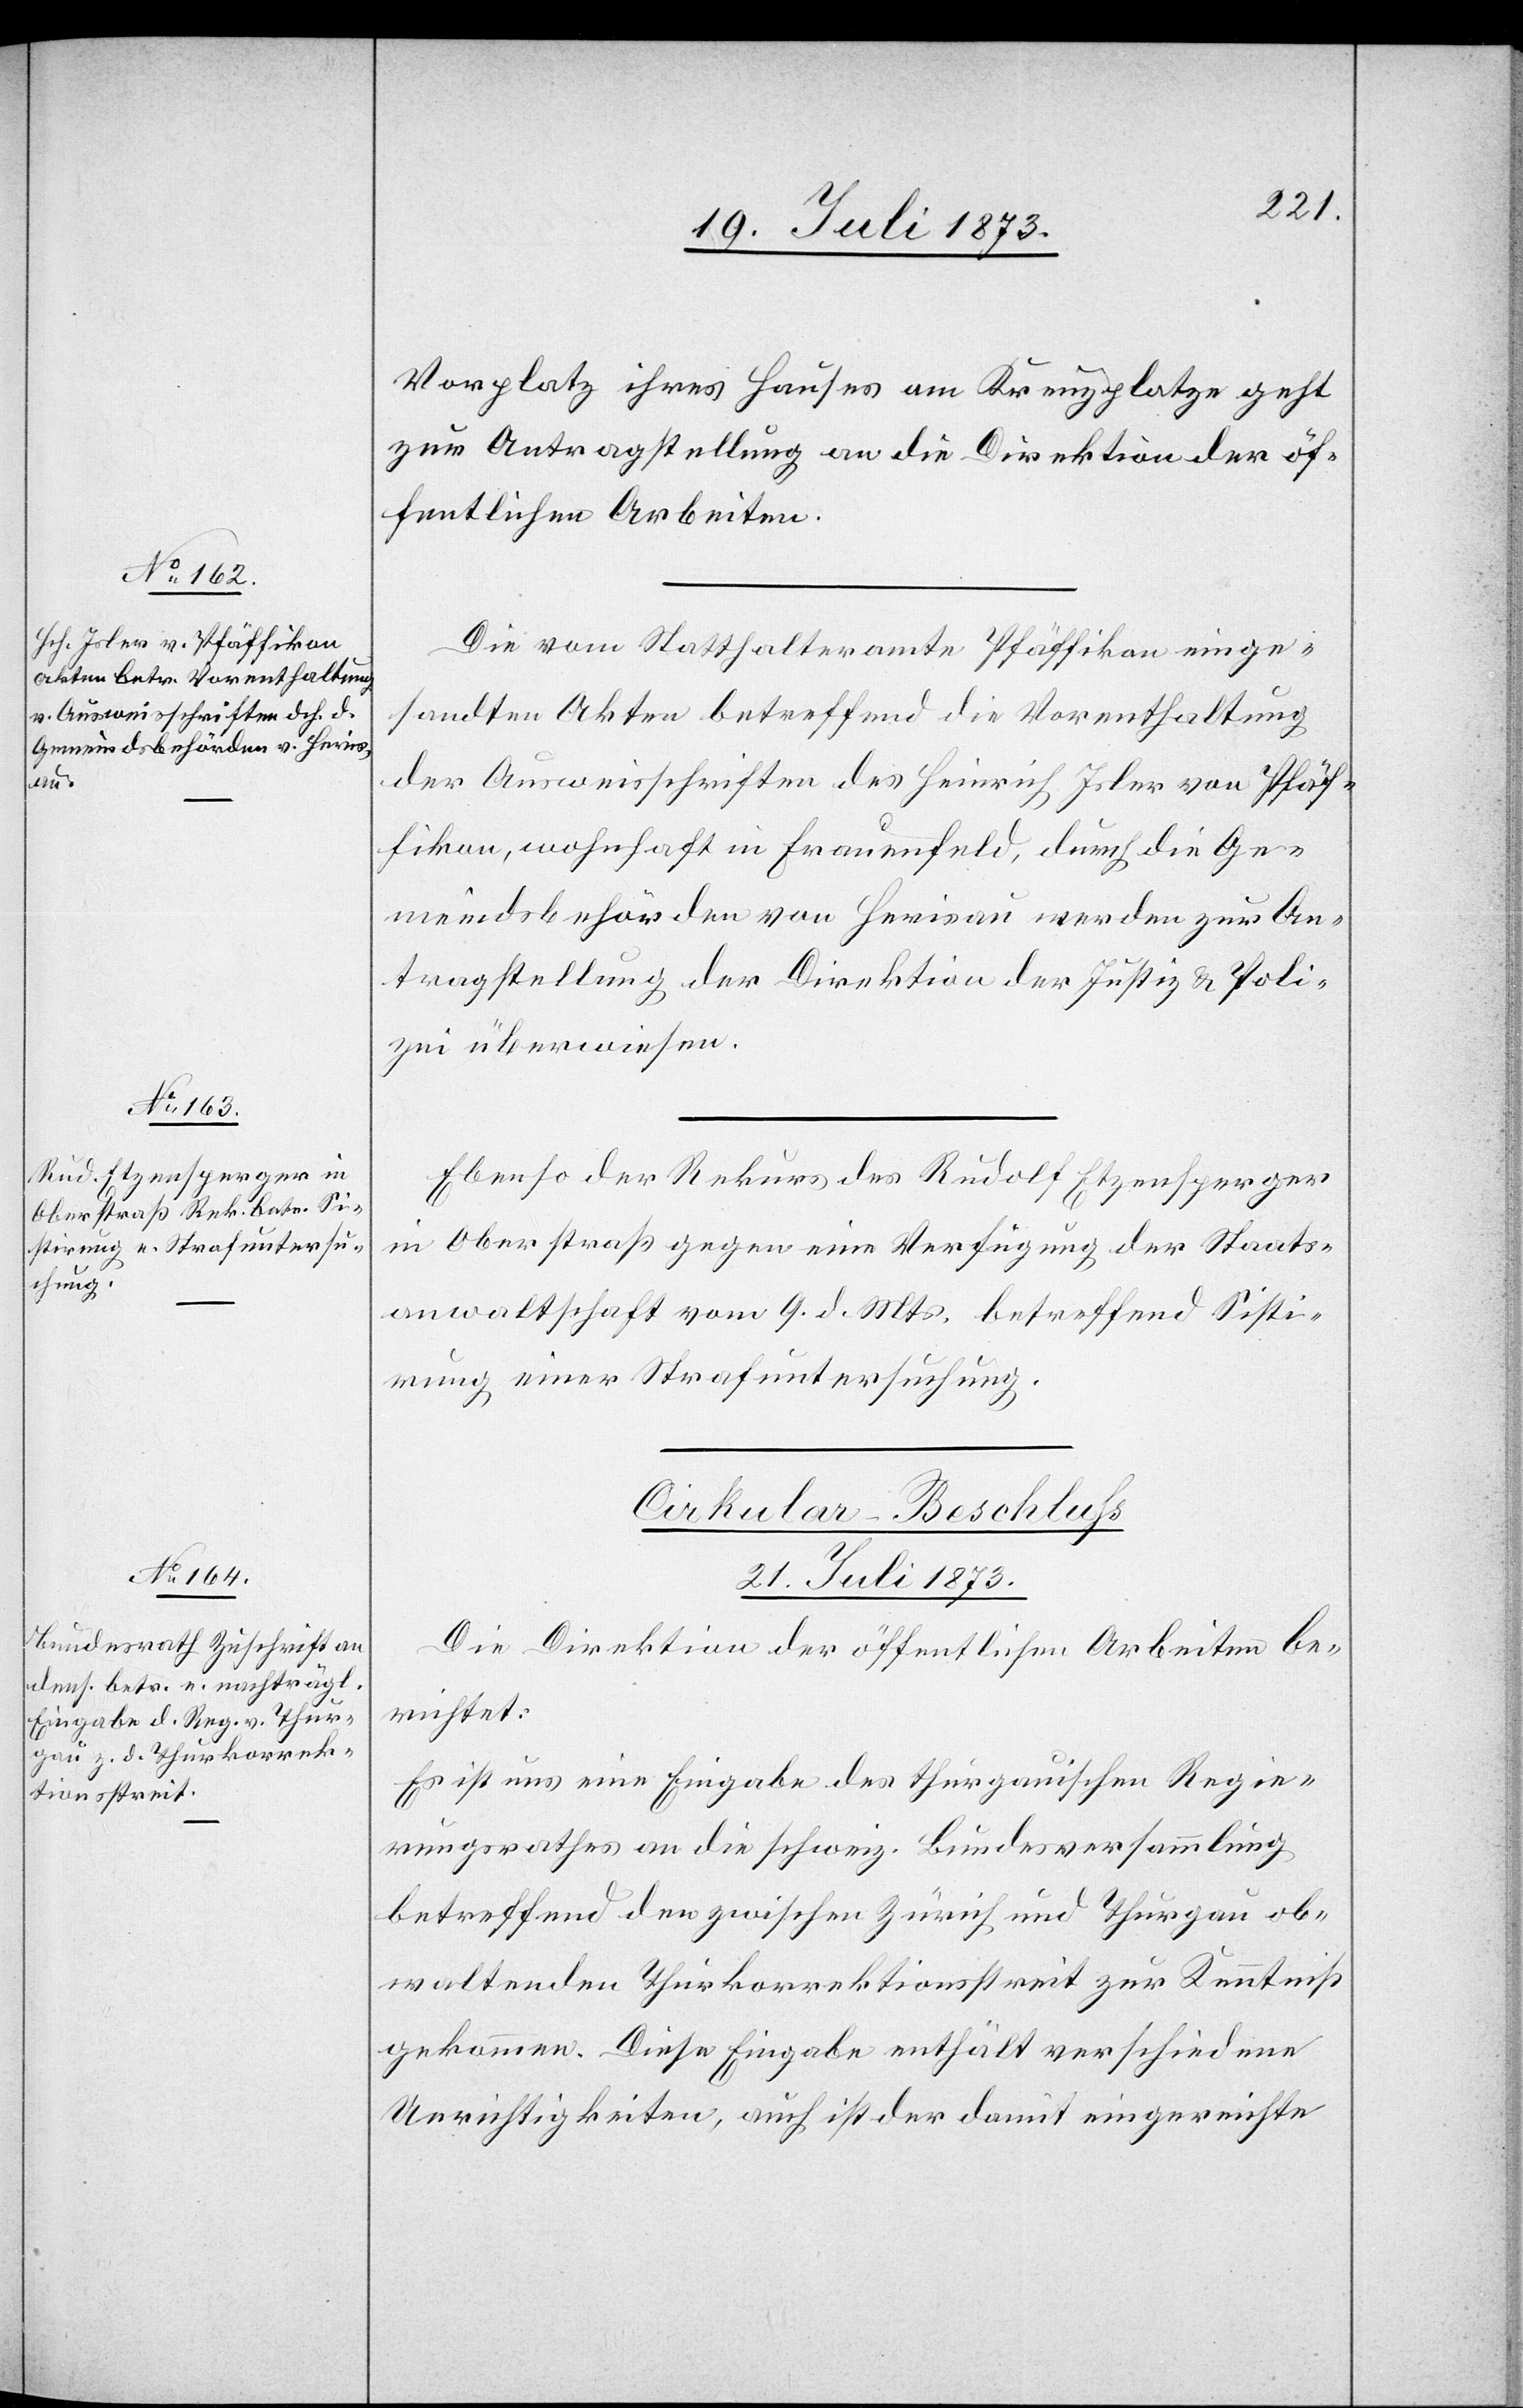
19. Juli 1873.]
Vorplatz ihres Hauses am Kreuzplatze geht
zur Antragstellung an die Direktion der öf¬
fentlichen Arbeiten.
Die vom Statthalteramte Pfäffikon einge¬
sandten Akten betreffend die Vorenthaltung
der Ausweisschriften des Heinrich Isler von Pfäf¬
fikon, wohnhaft in Frauenfeld, durch die Ge¬
meindsbehörden von Herisau werden zur An¬
tragstellung der Direktion der Justiz & Poli¬
zei überwiesen.
Ebenso der Rekurs des Rudolf Etzensperger
in Oberstraß gegen eine Verfügung der Staats¬
anwaltschaft vom 9. d. Mts. betreffend Sisti¬
rung einer Strafuntersuchung.
Cirkular-Beschluss
21. Juli 1873.
Die Direktion der öffentlichen Arbeiten be¬
richtet:
Es ist uns eine Eingabe des thurgauischen Regie¬
rungsrathes an die schweiz. Bundesversammlung
betreffend den zwischen Zürich und Thurgau ob¬
waltenden Thurkorrektionsstreit zur Kenntniß
gekommen. Diese Eingabe enthält verschiedene
Unrichtigkeiten, auch ist der damit eingereichte